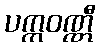
ပက္ကဝဏ္ဏီ